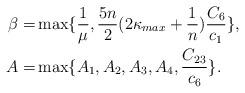
LaTeX: \begin{align*}\beta =&\max \{\frac{1}{\mu}, \frac{5 n}{2} (2\kappa_{max}+\frac{1}{n}) \frac{C_6}{c_1} \}, \\A=& \max\{A_1, A_2, A_3, A_4, \frac{C_{23}}{c_6} \}.\end{align*}